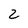
Character: 2